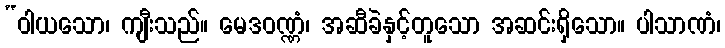
“ဝါယသော၊ ကျီးသည်။ မေဒဝဏ္ဏံ၊ အဆီခဲနှင့်တူသော အဆင်းရှိသော။ ပါသာဏံ၊